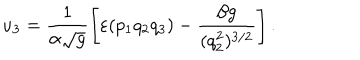
u _ { 3 } = \frac { 1 } { \alpha \sqrt { g } } \left[ \varepsilon ( p _ { 1 } q _ { 2 } q _ { 3 } ) - \frac { \beta g } { ( q _ { 2 } ^ { 2 } ) ^ { 3 / 2 } } \right] .